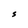
Character: S